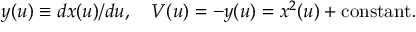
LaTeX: y ( u ) \equiv d x ( u ) / { d u } , \quad V ( u ) = - y ( u ) = x ^ { 2 } ( u ) + \mathrm { c o n s t a n t } .